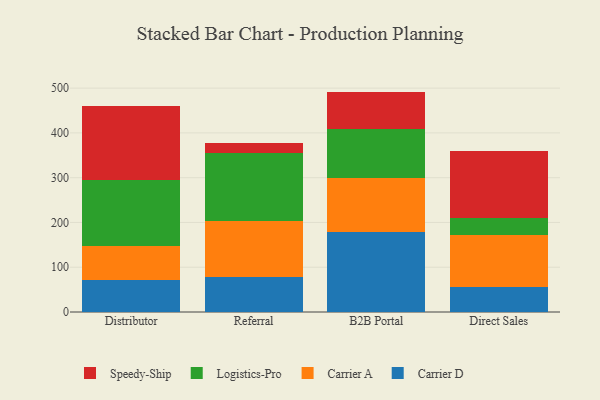
{"axis": {"x": "Channel", "y": "Website Visitors"}, "legend": ["Carrier A", "Carrier D", "Logistics-Pro", "Speedy-Ship"], "data": [{"x": "Distributor", "y": 70.8, "type": "Carrier D"}, {"x": "Distributor", "y": 76.0, "type": "Carrier A"}, {"x": "Distributor", "y": 147.8, "type": "Logistics-Pro"}, {"x": "Distributor", "y": 164.6, "type": "Speedy-Ship"}, {"x": "Referral", "y": 78.8, "type": "Carrier D"}, {"x": "Referral", "y": 125.1, "type": "Carrier A"}, {"x": "Referral", "y": 150.6, "type": "Logistics-Pro"}, {"x": "Referral", "y": 22.9, "type": "Speedy-Ship"}, {"x": "B2B Portal", "y": 179.6, "type": "Carrier D"}, {"x": "B2B Portal", "y": 120.2, "type": "Carrier A"}, {"x": "B2B Portal", "y": 108.9, "type": "Logistics-Pro"}, {"x": "B2B Portal", "y": 83.5, "type": "Speedy-Ship"}, {"x": "Direct Sales", "y": 56.2, "type": "Carrier D"}, {"x": "Direct Sales", "y": 116.0, "type": "Carrier A"}, {"x": "Direct Sales", "y": 38.3, "type": "Logistics-Pro"}, {"x": "Direct Sales", "y": 149.5, "type": "Speedy-Ship"}]}